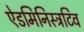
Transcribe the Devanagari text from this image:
ऐडमिनिस्ट्रटिव